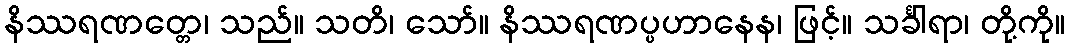
နိဿရဏတ္တေ၊ သည်။ သတိ၊ သော်။ နိဿရဏပ္ပဟာနေန၊ ဖြင့်။ သင်္ခါရာ၊ တို့ကို။